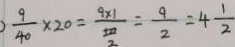
\frac { 9 } { 4 0 } \times 2 0 = \frac { 9 \times 1 } { \frac { 1 0 } { 2 } } = \frac { 9 } { 2 } = 4 \frac { 1 } { 2 }